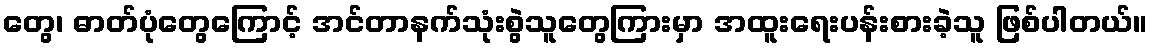
တွေ၊ ဓာတ်ပုံတွေကြောင့် အင်တာနက်သုံးစွဲသူတွေကြားမှာ အထူးရေးပန်းစားခဲ့သူ ဖြစ်ပါတယ်။